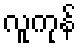
လူကုန်